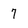
Character: 7